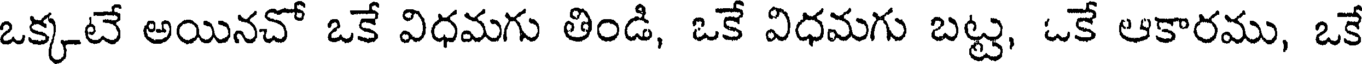
ఒక్కటే అయినచో ఒకే విధమగు తిండి, ఒకే విధమగు బట్ట, ఒకే ఆకారము, ఒకే